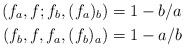
LaTeX: \begin{align*} (f_a,f;f_b,(f_a)_b)&=1-b/a\\ (f_b,f,f_a,(f_b)_a)&=1-a/b\end{align*}